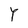
Character: Y